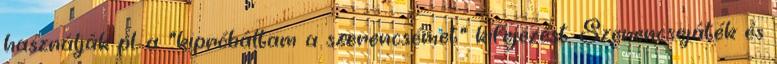
használják pl. a "kipróbáltam a szerencsémet" kifejezést. Szerencsejáték és